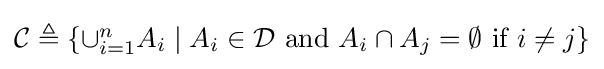
{\textstyle {\mathcal {C}}\triangleq \{\cup _{i=1}^{n}A_{i}\mid A_{i}\in {\mathcal {D}}{\text{ and }}A_{i}\cap A_{j}=\emptyset {\text{ if }}i\neq j\}}